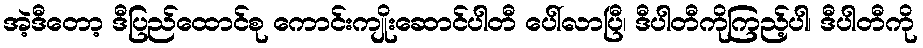
အဲ့ဒီတော့ ဒီပြည်ထောင်စု ကောင်းကျိုးဆောင်ပါတီ ပေါ်လာပြီ၊ ဒီပါတီကိုကြည့်ပါ၊ ဒီပါတီကို